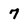
Character: 7